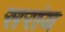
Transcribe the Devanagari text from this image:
सरांय